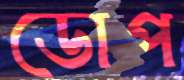
ডোপ